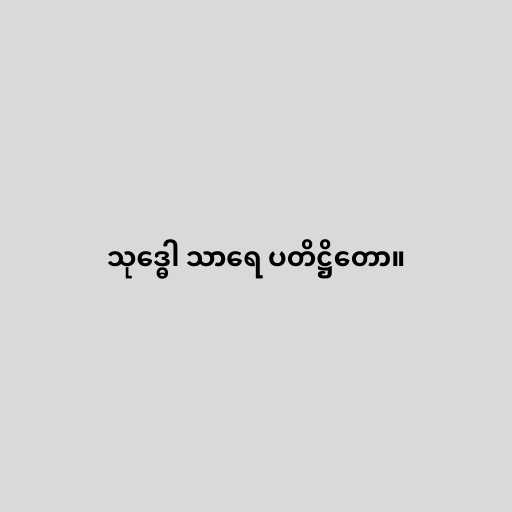
သုဒ္ဓေါ သာရေ ပတိဋ္ဌိတော။